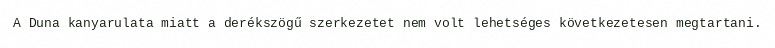
A Duna kanyarulata miatt a derékszögű szerkezetet nem volt lehetséges következetesen megtartani.